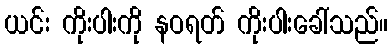
ယင်း ကိုးပါးကို နဝရတ် ကိုးပါးခေါ်သည်။